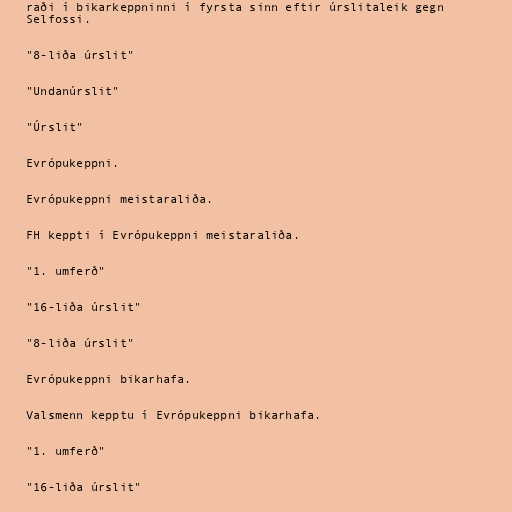
raði í bikarkeppninni í fyrsta sinn eftir úrslitaleik gegn
Selfossi.

"8-liða úrslit"

"Undanúrslit"

"Úrslit"

Evrópukeppni.

Evrópukeppni meistaraliða.

FH keppti í Evrópukeppni meistaraliða.

"1. umferð"

"16-liða úrslit"

"8-liða úrslit"

Evrópukeppni bikarhafa.

Valsmenn kepptu í Evrópukeppni bikarhafa.

"1. umferð"

"16-liða úrslit"